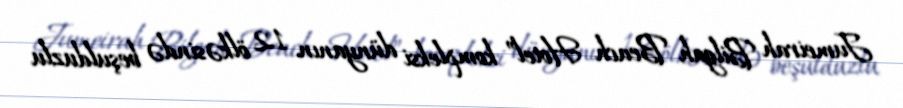
Jumeirah Bilgah Beach Hotel” kompleksi dünyanın 12 ölkəsində beşulduzlu